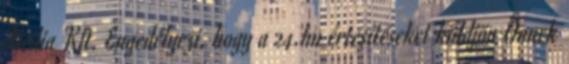
Média Kft. Engedélyezi, hogy a 24.hu értesítéseket küldjön Önnek